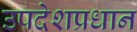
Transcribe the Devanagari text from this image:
उपदेशप्रधान